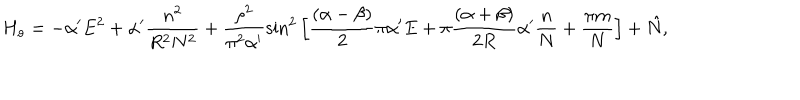
LaTeX: H _ { o } = - \alpha ^ { \prime } E ^ { 2 } + \alpha ^ { \prime } \frac { n ^ { 2 } } { R ^ { 2 } N ^ { 2 } } + \frac { \rho ^ { 2 } } { \pi ^ { 2 } \alpha ^ { \prime } } \sin ^ { 2 } \Big [ \frac { ( \alpha - \beta ) } { 2 } \pi \alpha ^ { \prime } E + \pi \frac { ( \alpha + \beta ) } { 2 R } \alpha ^ { \prime } \frac { n } { N } + \frac { \pi m } { N } \Big ] + \hat { N } ,